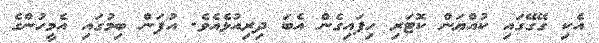
އެކި ގޭގޭގައި ކުއްޔަން ކޮޓަރި ހިފައިގެން އެބަ ދިރިއުޅެއެވެ. އުފަން ބިމުގައި އެމީހުންގެ